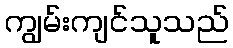
ကျွမ်းကျင်သူသည်